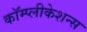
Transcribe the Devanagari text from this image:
कॉम्प्लीकेशन्स